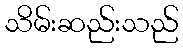
သိမ်းဆည်းသည်